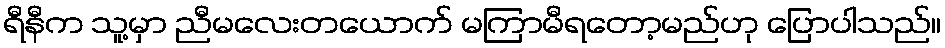
ရီနီက သူ့မှာ ညီမလေးတယောက် မကြာမီရတော့မည်ဟု ပြောပါသည်။